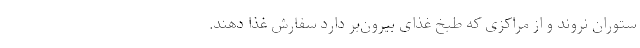
ستوران نروند و از مراکزی که طبخ غذای بیرون‌بر دارد سفارش غذا دهند.